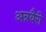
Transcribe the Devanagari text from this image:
अन्नवैरी